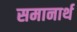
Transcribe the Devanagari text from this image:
समानार्थ